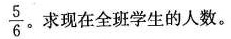
\frac{5}{6}。求现在全班学生的人数。